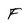
Character: f